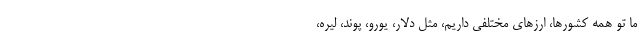
ما تو همه کشورها، ارزهای مختلفی داریم، مثل دلار، یورو، پوند، لیره،